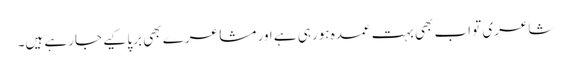
شاعری تو اب بھی بہت عمدہ ہورہی ہے اور مشاعرے بھی برپا کیے جارہے ہیں۔